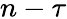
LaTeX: n-\tau